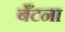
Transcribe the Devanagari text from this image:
बँटना